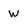
Character: W